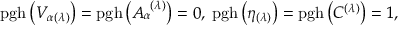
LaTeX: \mathrm { p g h } \left( V _ { \alpha ( \lambda ) } \right) = \mathrm { p g h } \left( A _ { \alpha } ^ { \; \; ( \lambda ) } \right) = 0 , \; \mathrm { p g h } \left( \eta _ { ( \lambda ) } \right) = \mathrm { p g h } \left( C ^ { ( \lambda ) } \right) = 1 ,